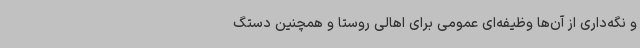
و نگه‌داری از آن‌ها وظیفه‌ای عمومی برای اهالی روستا و همچنین دستگ